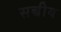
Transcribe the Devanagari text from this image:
सच्चीय